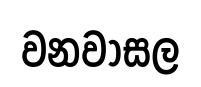
වනවාසල